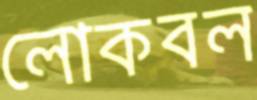
লোকবল